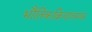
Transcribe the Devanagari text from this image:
भौतिकक्रियातमक